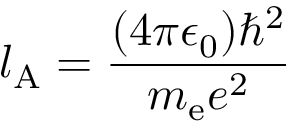
l _ { \mathrm { A } } = { \frac { ( 4 \pi \epsilon _ { 0 } ) \hbar ^ { 2 } } { m _ { \mathrm { e } } e ^ { 2 } } }